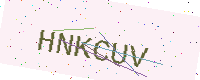
Text: HNKCUV